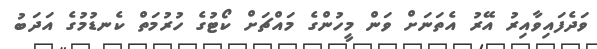
ވަދެފައިވާއިރު އޭރު އެތަނަށް ވަން މީހުންގެ މައްޗަށް ކޯޓުގެ ހުރުމަތް ކެނޑުމުގެ އަދަބު